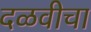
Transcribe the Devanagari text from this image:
दळवीचा